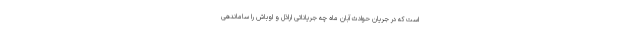
است که در جریان حوادث آبان ماه چه جریاناتی اراذل و اوباش را ساماندهی